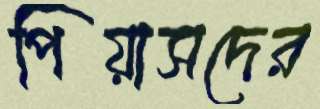
পিয়াসদের